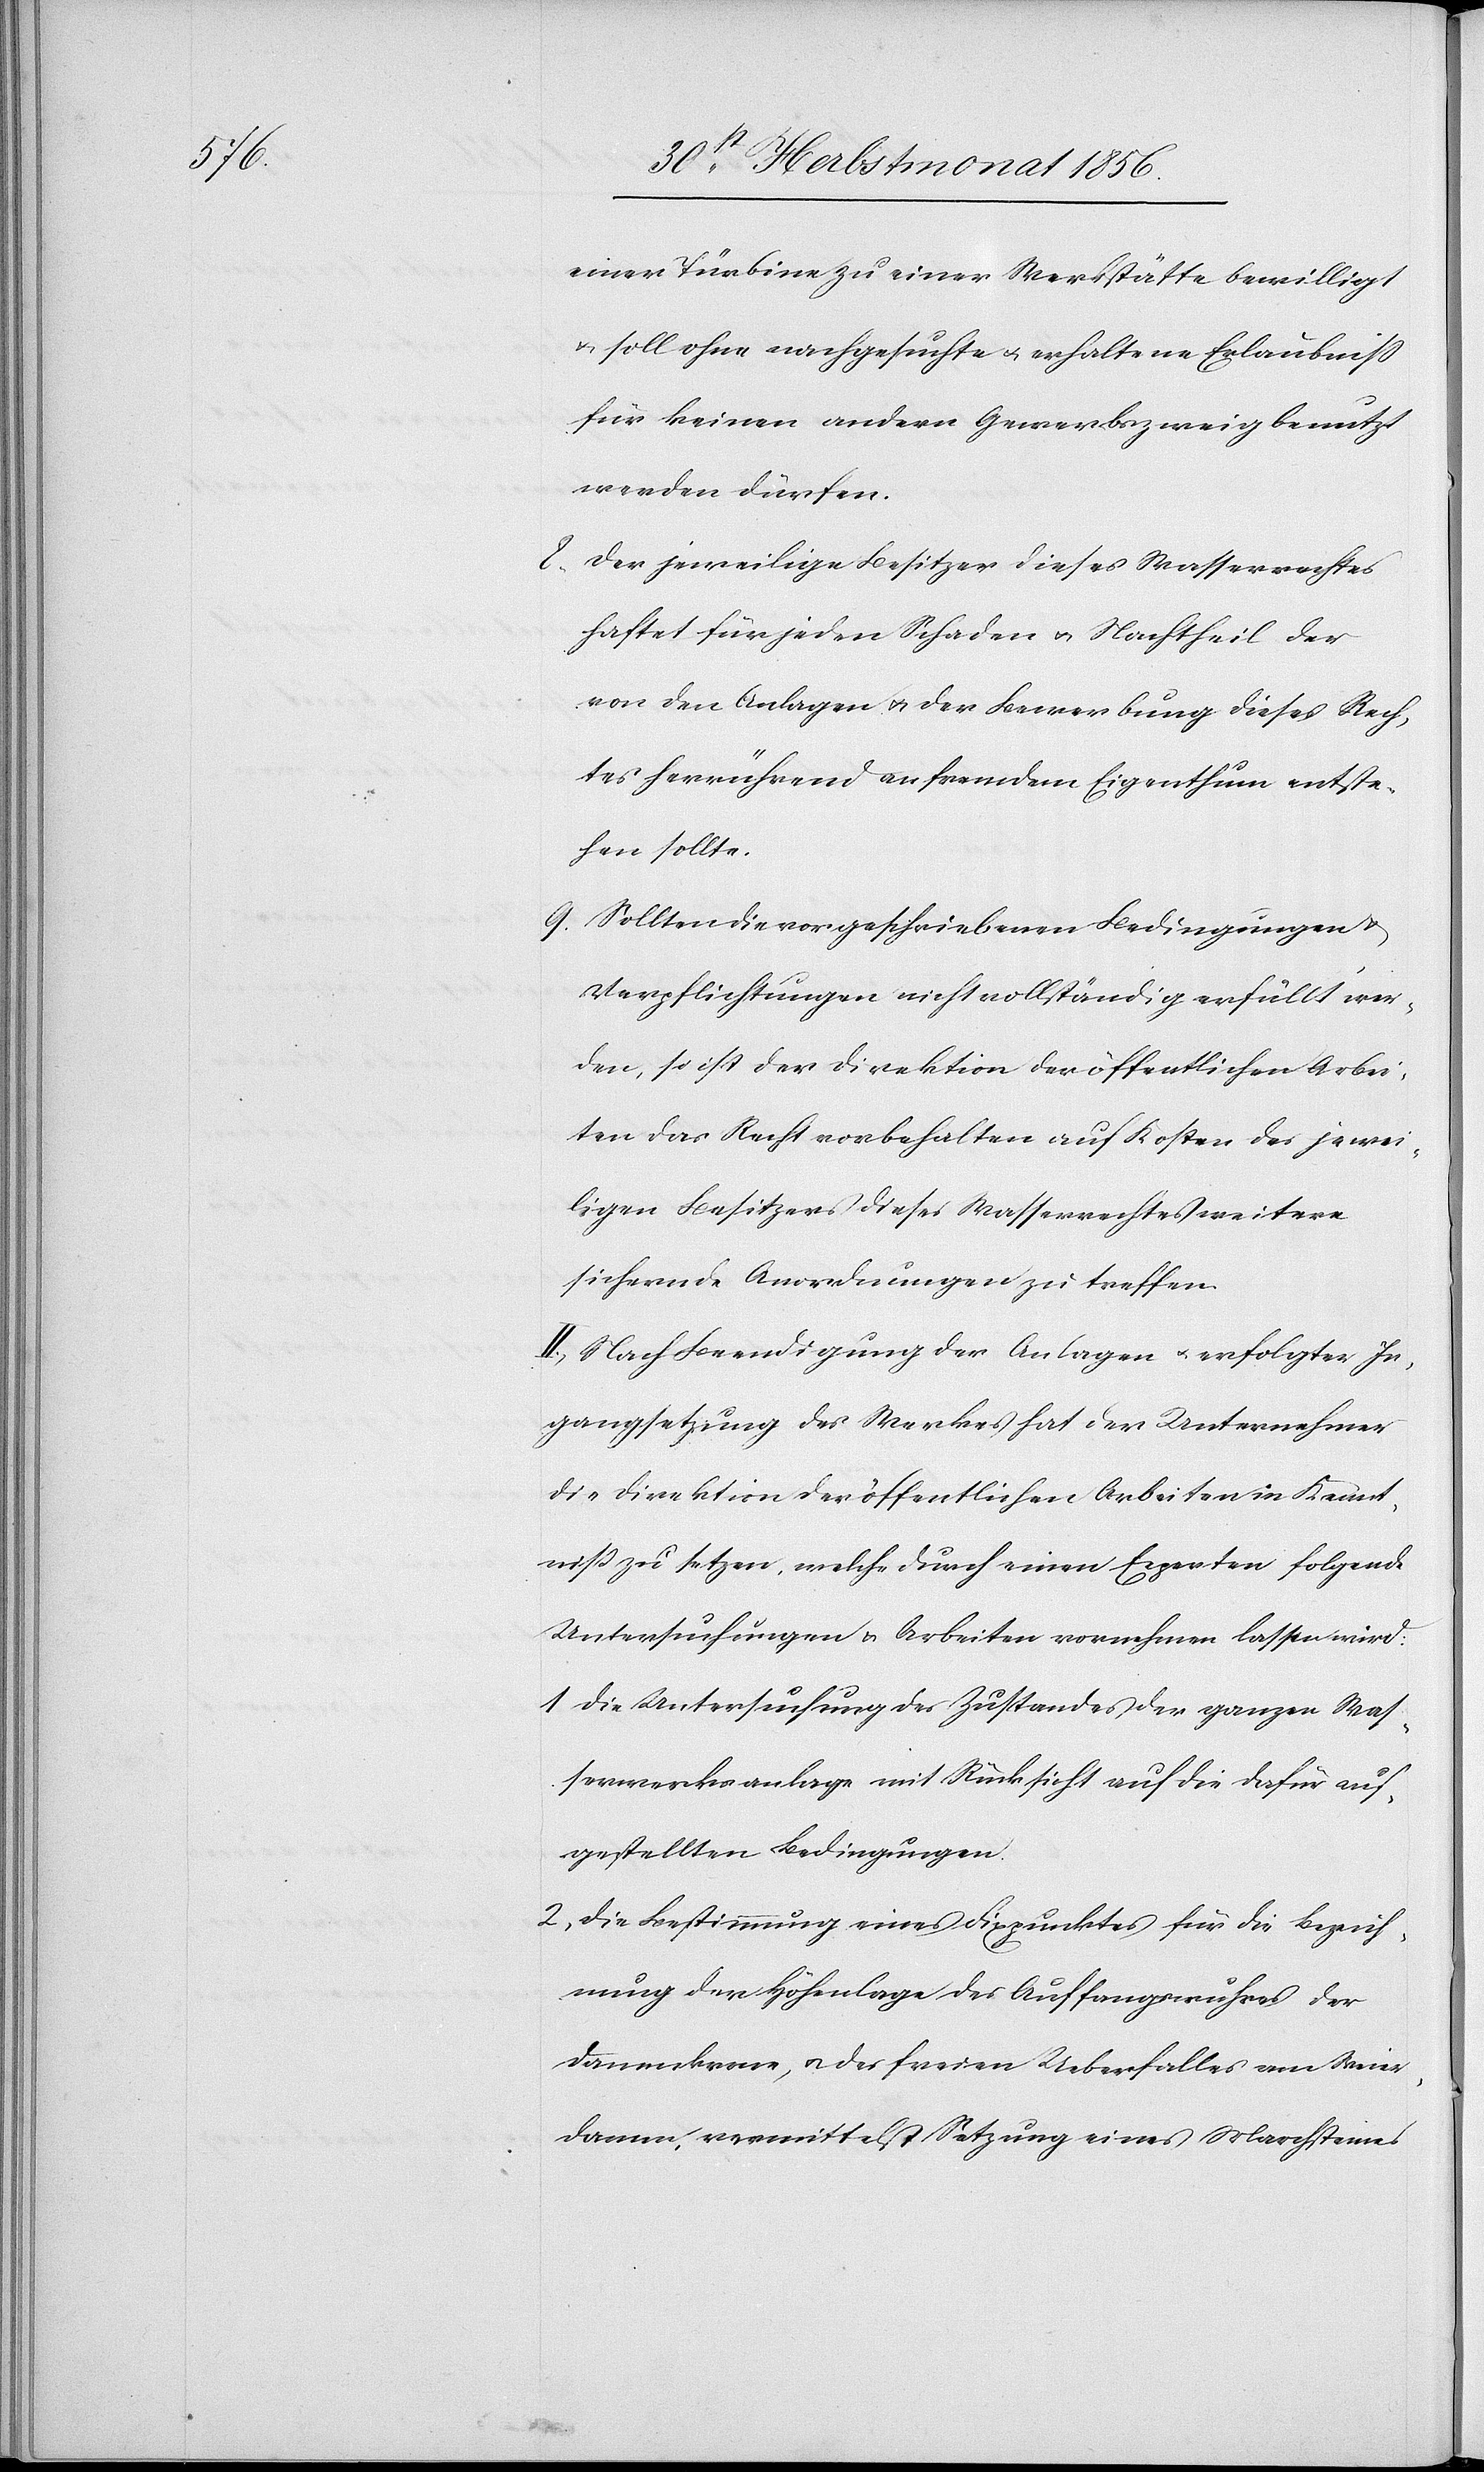
einer Türbine zu einer Werkstätte bewilligt
& soll ohne nachgesuchte u. erhaltene Erlaubniss
für keinen andern Gewerbszweig benutzt
werden dürfen.
8) Der jeweilige Besitzer dieses Wasserrechtes
haftet für jeden Schaden u. Nachtheil der
von den Anlagen u. der Bewerbung dieses Rech¬
tes herrührend an fremdem Eigenthum entste¬
hen sollte.
9) Sollten die vorgeschriebenen Bedingungen &
Verpflichtungen nicht vollständig erfüllt wer¬
den, so ist der Direktion der öffentlichen Arbei¬
ten das Recht vorbehalten auf Kosten des jewei¬
ligen Besitzers dieses Wasserrechtes weitere
sichernde Anordnungen zu treffen.
II.) Nach Beendigung der Anlagen u. erfolgter In¬
gangsetzung des Werkes hat der Unternehmer
die Direktion der öffentlichen Arbeiten in Kennt¬
niss zu setzen, welche durch einen Experten folgende
Untersuchungen & Arbeiten vornehmen lassen wird:
1) Die Untersuchung des Zustandes der ganzen Was¬
serwerksanlage mit Rücksicht auf die dafür auf¬
gestellten Bedingungen.
2) Die Bestimmung eines Fixpunktes für die Bezeich¬
nung der Höhenlage des Auffangswuhres der
Dammkrone, u. des freien Ueberfalles am Weier¬
damm, vermittelst Setzung eines Marchsteines